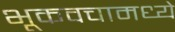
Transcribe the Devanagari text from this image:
भूकवचामध्ये